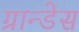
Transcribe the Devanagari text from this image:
ग्रान्डेस